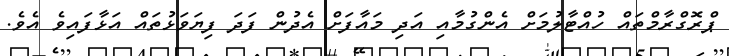
ޕްރޮގްރާމްތައް ހުއްޓާލުމަށް އެންގުމާއި އަދި މައާފަށް އެދުން ފަދަ ފިޔަވަޅުތައް އަޅާފައިވެ އެވެ.